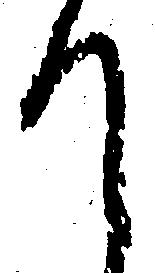
て